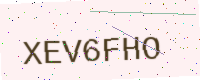
Text: XEV6FHO